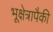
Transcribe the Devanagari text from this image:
भूक्षेत्रापैकी